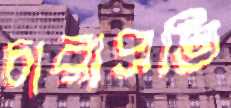
চারাপ্রতি